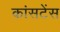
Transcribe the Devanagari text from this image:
कांसटेंस